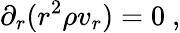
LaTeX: \partial_{r}(r^{2}\rho v_{r})=0\ ,